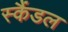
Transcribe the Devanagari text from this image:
स्‍कैंडल